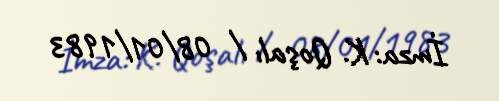
İmza: K. Qoşalı / 08/01/1983